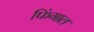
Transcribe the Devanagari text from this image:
फिंगाल